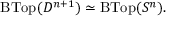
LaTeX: \operatorname { B T o p } ( D ^ { n + 1 } ) \simeq \operatorname { B T o p } ( S ^ { n } ) .